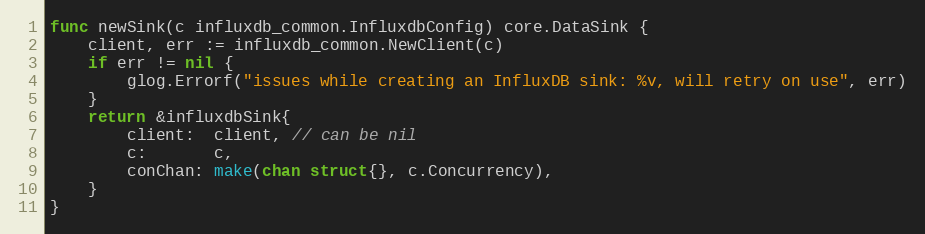
Language: Go
func newSink(c influxdb_common.InfluxdbConfig) core.DataSink {
	client, err := influxdb_common.NewClient(c)
	if err != nil {
		glog.Errorf("issues while creating an InfluxDB sink: %v, will retry on use", err)
	}
	return &influxdbSink{
		client:  client, // can be nil
		c:       c,
		conChan: make(chan struct{}, c.Concurrency),
	}
}